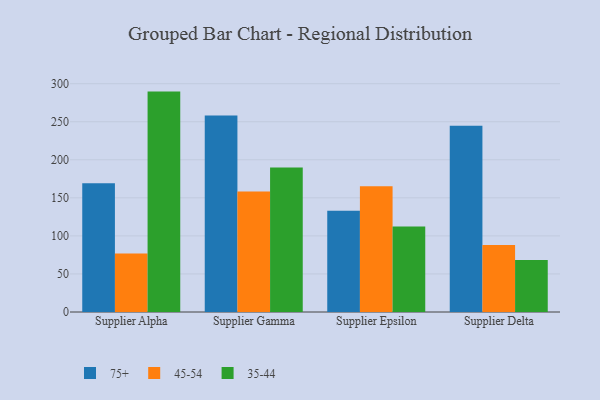
{"axis": {"x": "Supplier", "y": "Conversion Rate (%)"}, "legend": ["35-44", "45-54", "75+"], "data": [{"x": "Supplier Alpha", "y": 169.3, "type": "75+"}, {"x": "Supplier Alpha", "y": 77.0, "type": "45-54"}, {"x": "Supplier Alpha", "y": 289.6, "type": "35-44"}, {"x": "Supplier Gamma", "y": 258.3, "type": "75+"}, {"x": "Supplier Gamma", "y": 158.4, "type": "45-54"}, {"x": "Supplier Gamma", "y": 189.8, "type": "35-44"}, {"x": "Supplier Epsilon", "y": 133.1, "type": "75+"}, {"x": "Supplier Epsilon", "y": 165.1, "type": "45-54"}, {"x": "Supplier Epsilon", "y": 112.4, "type": "35-44"}, {"x": "Supplier Delta", "y": 244.8, "type": "75+"}, {"x": "Supplier Delta", "y": 88.2, "type": "45-54"}, {"x": "Supplier Delta", "y": 68.2, "type": "35-44"}]}